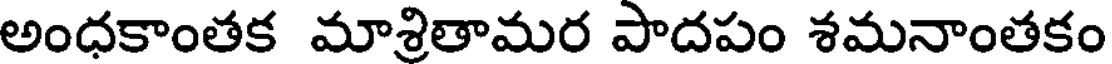
అంధకాంతక మాశ్రితామర పాదపం శమనాంతకం